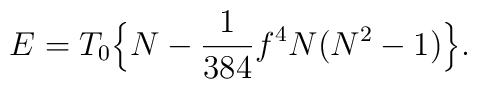
E=T_0\Bigl\{N-\frac{1}{384}f^4 N(N^2-1)\Bigr\}.